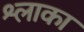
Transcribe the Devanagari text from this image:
श्लाका